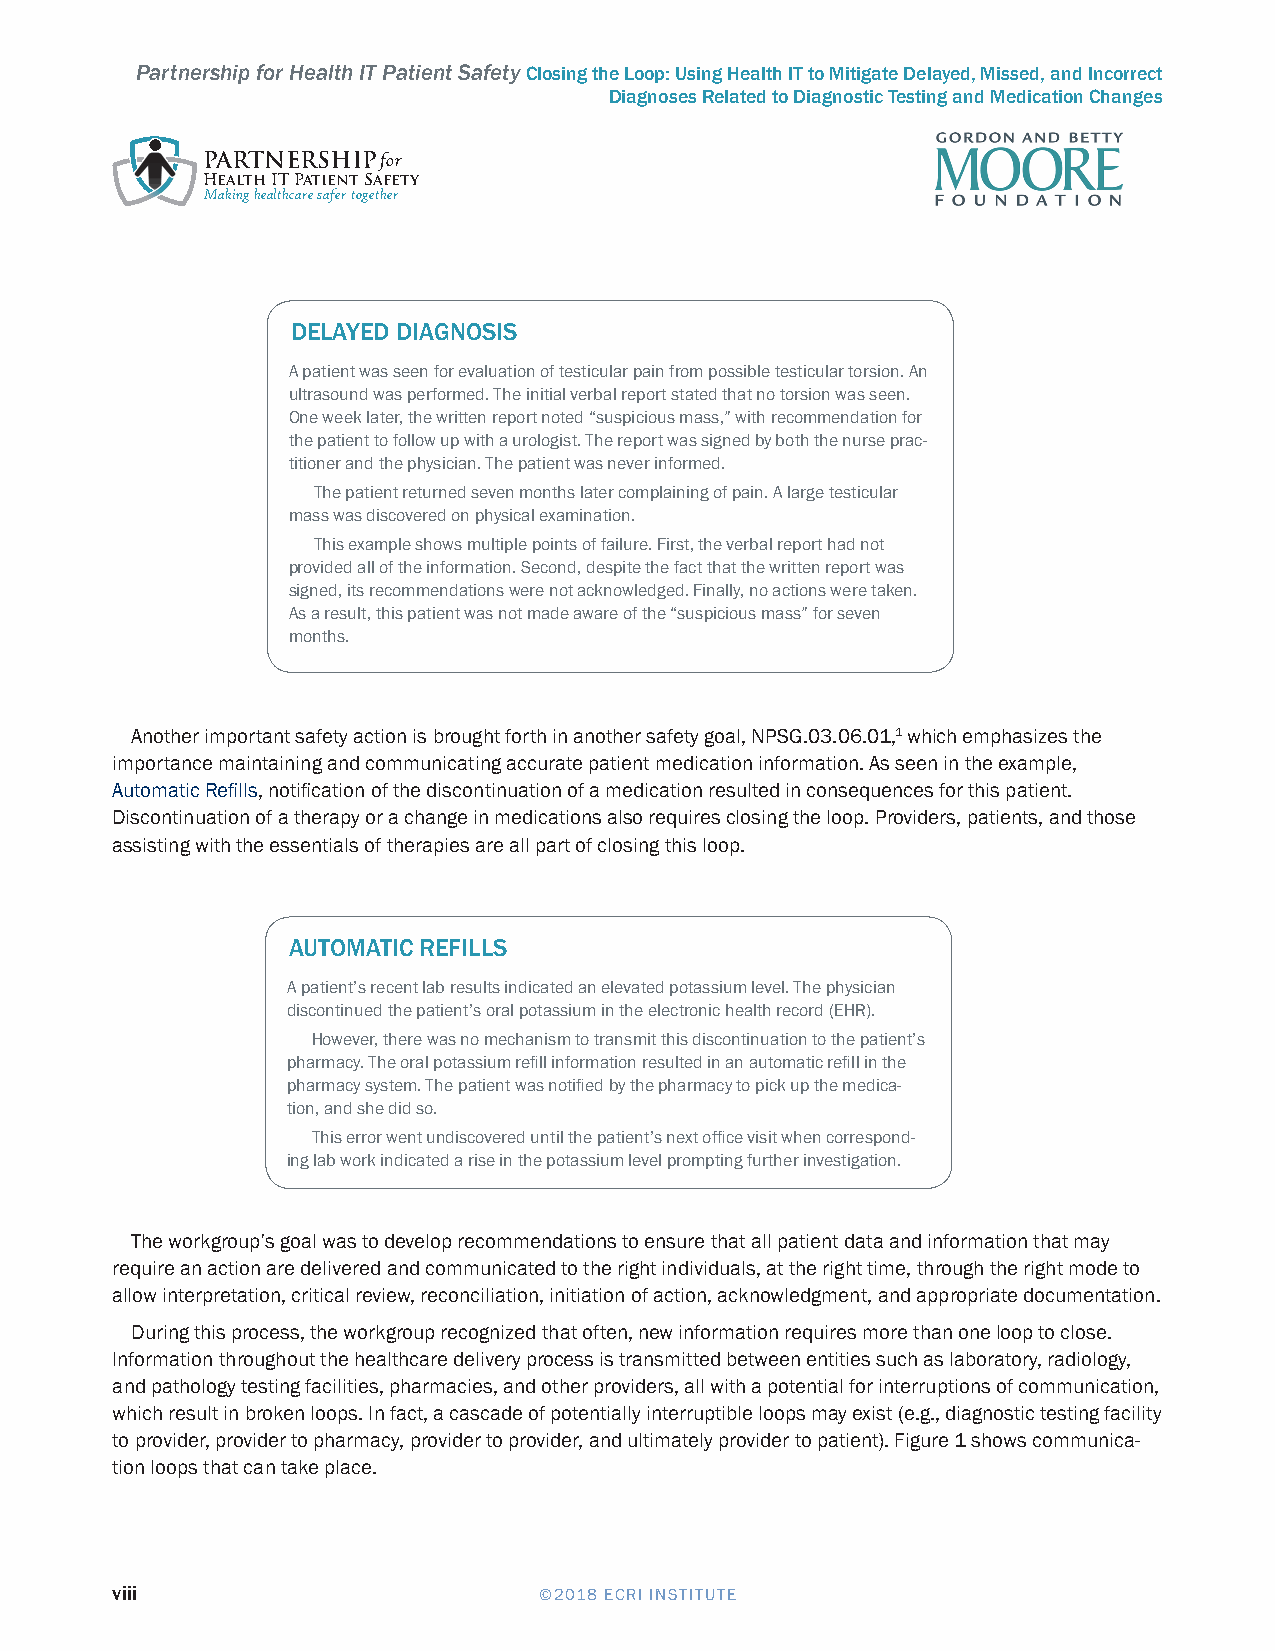
Partnership for Health IT Patient Safety Closing the Loop: Using Health IT to Mitigate Delayed, Missed, and Incorrect
 Diagnoses Related to Diagnostic Testing and Medication Changes
 PARTNERSHIPfor
 Health IT Patient Safety
 Making healthcare safer together
 DELAYED DIAGNOSIS
 A patient was seen for evaluation of testicular pain from possible testicular torsion. An
 ultrasound was performed. The initial verbal report stated that no torsion was seen.
 One week later, the written report noted “suspicious mass,” with recommendation for
 the patient to follow up with a urologist. The report was signed by both the nurse prac-
 titioner and the physician. The patient was never informed.
 The patient returned seven months later complaining of pain. A large testicular
 mass was discovered on physical examination.
 This example shows multiple points of failure. First, the verbal report had not
 provided all of the information. Second, despite the fact that the written report was
 signed, its recommendations were not acknowledged. Finally, no actions were taken.
 As a result, this patient was not made aware of the “suspicious mass” for seven
 months.
 Another important safety action is brought forth in another safety goal, NPSG.03.06.01,1 which emphasizes the
 importance maintaining and communicating accurate patient medication information. As seen in the example,
 Automatic Refills, notification of the discontinuation of a medication resulted in consequences for this patient.
 Discontinuation of a therapy or a change in medications also requires closing the loop. Providers, patients, and those
 assisting with the essentials of therapies are all part of closing this loop.
 AUTOMATIC REFILLS
 A patient’s recent lab results indicated an elevated potassium level. The physician
 discontinued the patient’s oral potassium in the electronic health record (EHR).
 However, there was no mechanism to transmit this discontinuation to the patient’s
 pharmacy. The oral potassium refill information resulted in an automatic refill in the
 pharmacy system. The patient was notified by the pharmacy to pick up the medica-
 tion, and she did so.
 This error went undiscovered until the patient’s next office visit when correspond-
 ing lab work indicated a rise in the potassium level prompting further investigation.
 The workgroup’s goal was to develop recommendations to ensure that all patient data and information that may
 require an action are delivered and communicated to the right individuals, at the right time, through the right mode to
 allow interpretation, critical review, reconciliation, initiation of action, acknowledgment, and appropriate documentation.
 During this process, the workgroup recognized that often, new information requires more than one loop to close.
 Information throughout the healthcare delivery process is transmitted between entities such as laboratory, radiology,
 and pathology testing facilities, pharmacies, and other providers, all with a potential for interruptions of communication,
 which result in broken loops. In fact, a cascade of potentially interruptible loops may exist (e.g., diagnostic testing facility
 to provider, provider to pharmacy, provider to provider, and ultimately provider to patient). Figure 1 shows communica-
 tion loops that can take place.
 viii                         ©2018 ECRI INSTITUTE